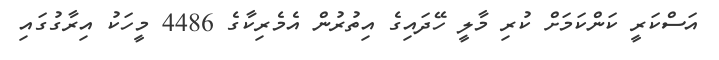
އަސްކަރީ ކަންކަމަށް ކުރި މާލީ ހޭދައިގެ އިތުރުން އެމެރިކާގެ 4486 މީހަކު އިރާގުގައި